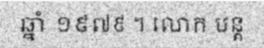
ឆ្នាំ ១៩៧៩ ។ លោក បន្ត